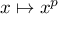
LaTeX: x \mapsto x ^ { p }